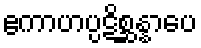
ဧကာဟပ္ပဋိစ္ဆန္နာပေ